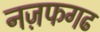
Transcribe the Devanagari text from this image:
नज़फगढ